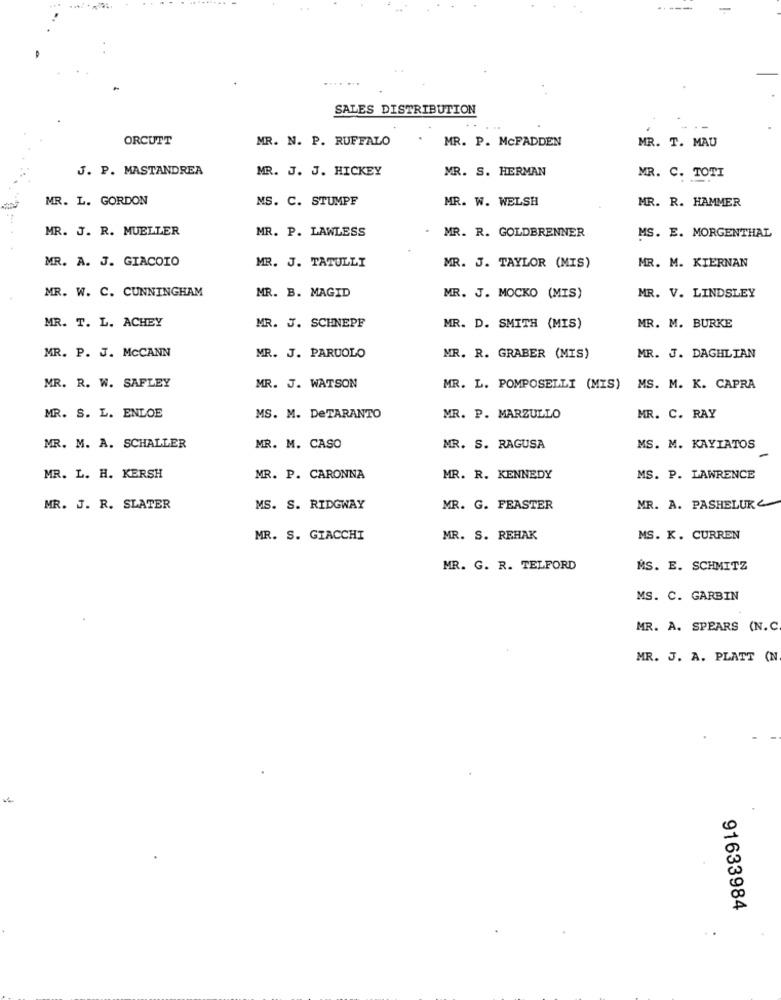
SALES DISTRIBUTION
ORCUTT
MR. N. P. RUFFALO
MR. P. MCFADDEN
MR. T. MAU
J. P. MASTANDREA
MR. J. J. HICKEY
MR. S. HERMAN
MR. C. TOTI
MR. L. GORDON
MS. C. STUMPF
MR. W. WELSH
MR. R. HAMMER
MR. J. R. MUELLER
MR. P. LAWLESS
MR. R. GOLDBRENNER
MS. E. MORGENTHAL
MR. A. J. GIACOIO
MR. J. TATULLI
MR. M. KIERNAN
MR. J. TAYLOR (MIS)
MR. W. C. CUNNINGHAM
MR. B. MAGID
MR. J. MOCKO (MIS)
MR. V. LINDSLEY
MR. T. L. ACHEY
MR. J. SCHNEPF
MR. D. SMITH (MIS)
MR. M. BURKE
MR. P. J. MCCANN
MR. J. PARUOLO
MR. R. GRABER (MIS)
MR. J. DAGHLIAN
MR. R. W. SAFLEY
MR. J. WATSON
MR. L. POMPOSELLI (MIS)
MS. M. K. CAPRA
MR. S. L. ENLOE
MS. M. DeTARANTO
MR. P. MARZULLO
MR. C. RAY
MR. M. A. SCHALLER
MR. M. CASO
MR. S. RAGUSA
MS. M. KAYIATOS
MR. L. H. KERSH
MR. P. CARONNA
MR. R. KENNEDY
MS. P. LAWRENCE
MR. J. R. SLATER
MS. S. RIDGWAY
MR. G. FEASTER
MR. A. PASHELURC
MR. S. GIACCHI
MR. S. REHAK
MS. K. CURREN
MR. G. R. TELFORD
MS. E. SCHMITZ
MS. C. GARBIN
MR. A. SPEARS (N.C.
MR. J. A. PLATT (N
91633984